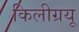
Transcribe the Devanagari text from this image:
किलीग्रयू